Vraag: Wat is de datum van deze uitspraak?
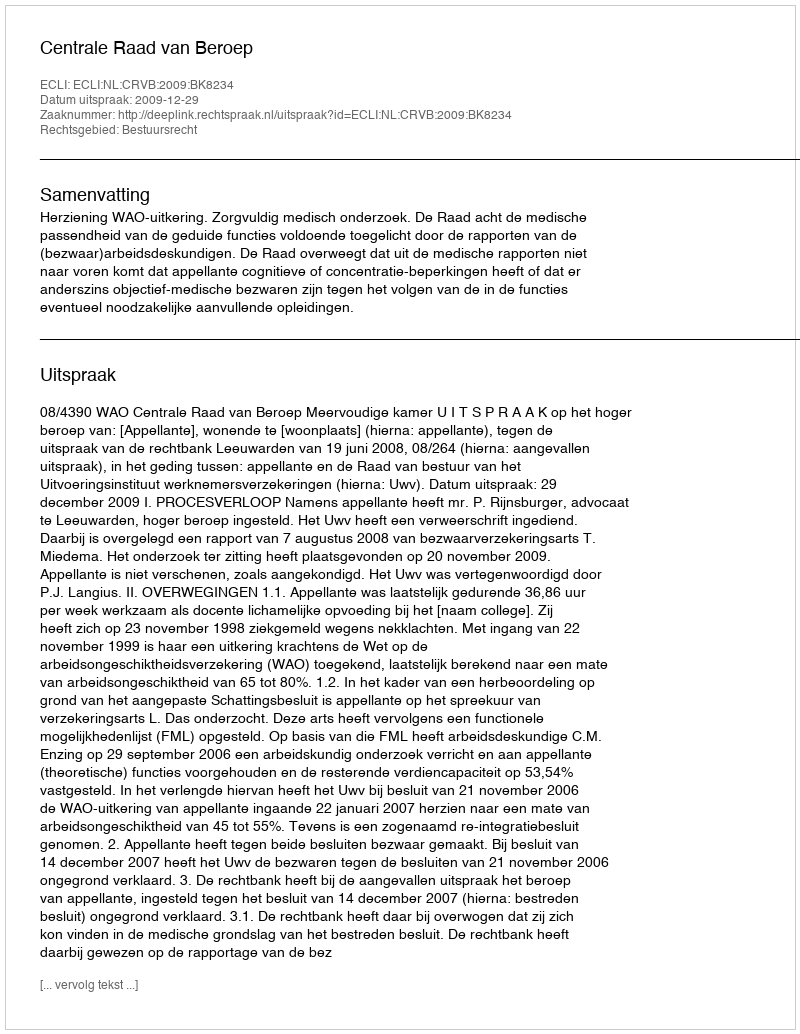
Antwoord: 2009-12-29